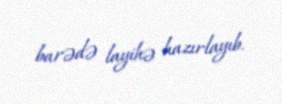
barədə layihə hazırlayıb.